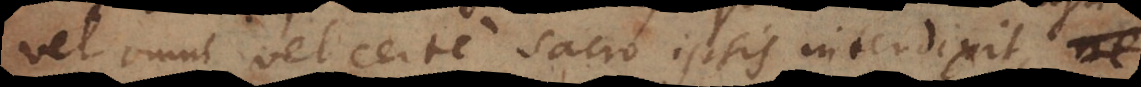
vel omni vel certe sacro ipsis interdixit